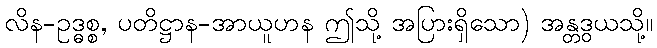
လိန-ဥဒ္ဓစ္စ, ပတိဋ္ဌာန-အာယူဟန ဤသို့ အပြားရှိသော) အန္တဒွယသို့။